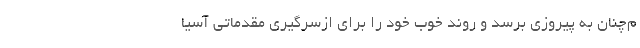
م‌چنان به پیروزی برسد و روند خوب خود را برای ازسرگیری مقدماتی آسیا